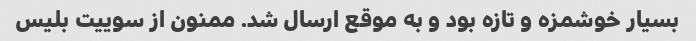
بسیار خوشمزه و تازه بود و به موقع ارسال شد. ممنون از سوییت بلیس